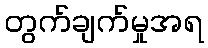
တွက်ချက်မှုအရ